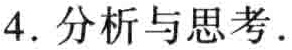
4. 分析与思考.